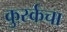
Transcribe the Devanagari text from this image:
कुर्स्कचा